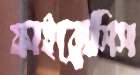
ফাইব্রোসিস